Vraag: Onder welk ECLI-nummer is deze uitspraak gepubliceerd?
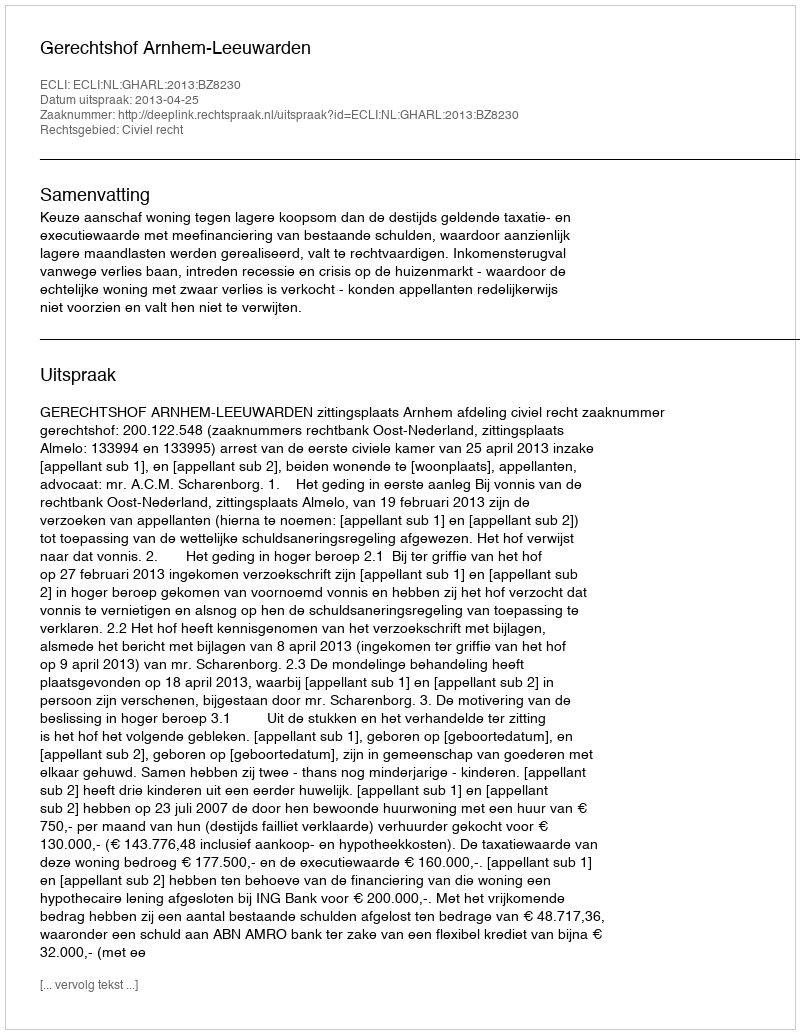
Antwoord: ECLI:NL:GHARL:2013:BZ8230